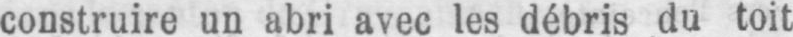
construire un abri avec les débris du toit